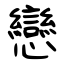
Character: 戀